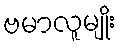
ဗမာလူမျိုး